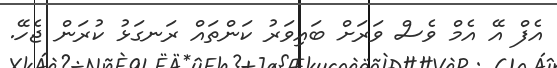
އެފް އޭ އެމް ވެސް ވަރަށް ބައިވަރު ކަންތައް ރަނގަޅު ކުރަން ޖެހޭ.